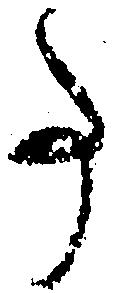
事